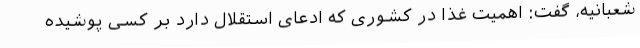
شعبانیه، گفت: اهمیت غذا در کشوری که ادعای استقلال دارد بر کسی پوشیده